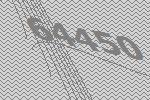
64450